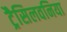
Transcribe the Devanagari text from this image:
ट्रैसिलवनिया